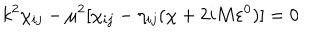
k ^ { 2 } \chi _ { i j } - \mu ^ { 2 } [ \chi _ { i j } - \eta _ { i j } ( \chi + 2 i M \varepsilon ^ { 0 } ) ] = 0